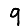
Digit: 9